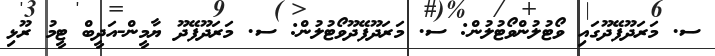
ސ. މަރަދޫފޭދޫގައި ވޯޓުލުންވޯޓުލުން: ސ. މަރަދޫފޭދޫވޯޓުލުން: ސ. މަރަދޫފޭދޫ ޔާމީން-އަދީބް ޓީމު ރޫޅި